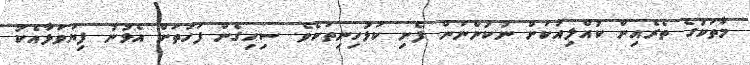
މާތަކުގެ ތެރެއިން ކުއްލިއަކަށް ނުކުންނަން ފެށި ކަޅުހިނިތަކެވެ. ސިހިގެން ފަހަތަށް އެޅުނު ފިޔަވަޅާއެކު